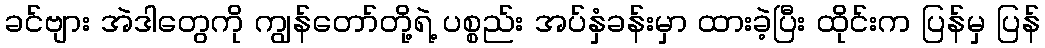
ခင်ဗျား အဲဒါတွေကို ကျွန်တော်တို့ရဲ့ ပစ္စည်း အပ်နှံခန်းမှာ ထားခဲ့ပြီး ထိုင်းက ပြန်မှ ပြန်